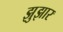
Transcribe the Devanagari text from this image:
झुझार